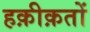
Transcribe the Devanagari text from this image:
हक़ीक़तों